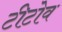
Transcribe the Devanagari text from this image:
टीटोव